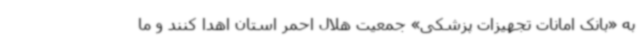
به «بانک امانات تجهیزات پزشکی» جمعیت هلال احمر استان اهدا کنند و ما